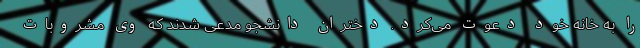
را به خانه خود دعوت می‌کرد. دختران دانشجو مدعی شدند که وی مشروبات